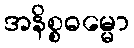
အနိစ္စဓမ္မော